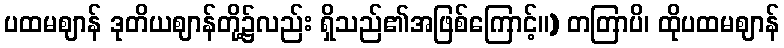
ပထမဈာန် ဒုတိယဈာန်တို့၌လည်း ရှိသည်၏အဖြစ်ကြောင့်။) တတြာပိ၊ ထိုပထမဈာန်